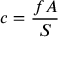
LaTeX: c = { \frac { f A } { S } }